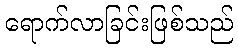
ရောက်လာခြင်းဖြစ်သည်